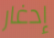
إدغار